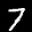
Label: 7